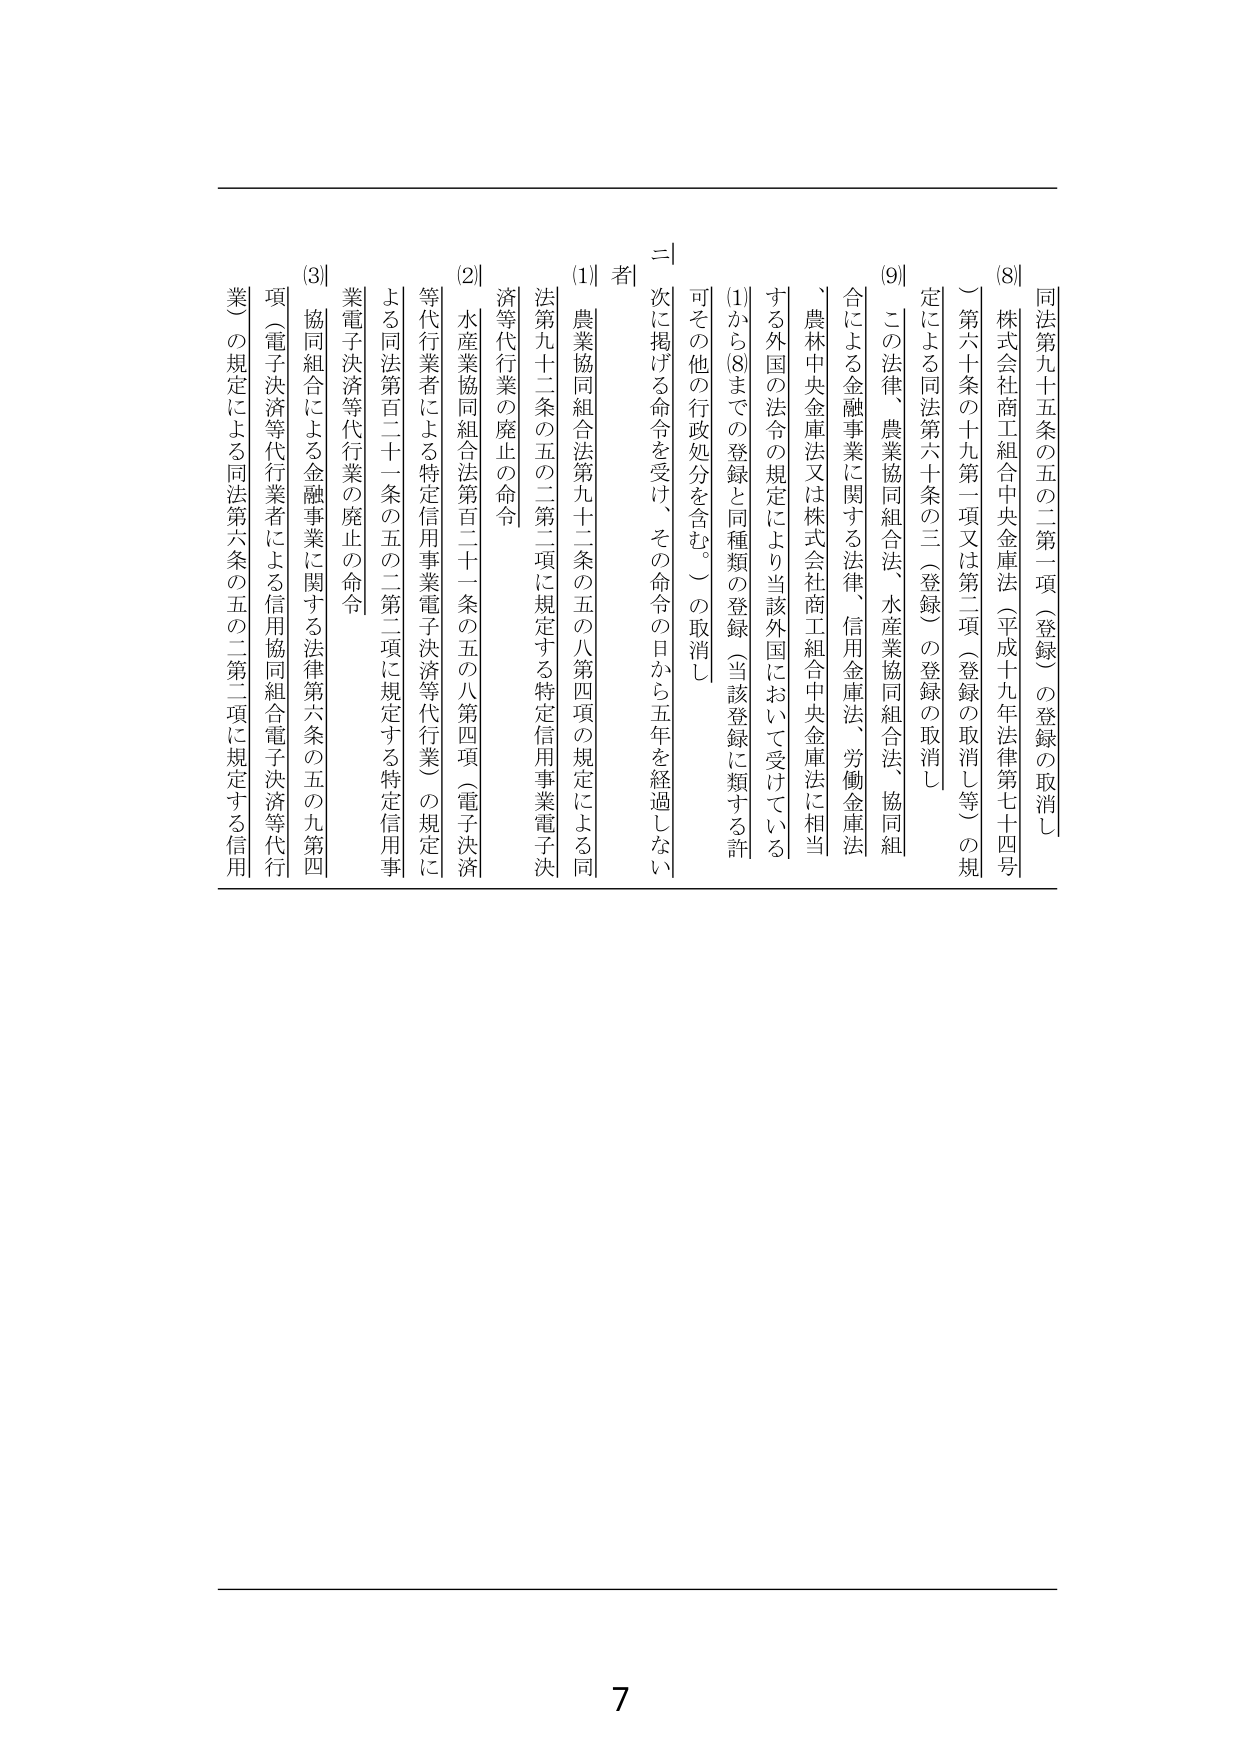
同法第九十五条の五の二第一項（登録）の登録の取消し
(8) 株式会社商工組合中央金庫法（平成十九年法律第七十四号）
　第六十条の十九第一項又は第二項（登録の取消し等）の規定による同法第六十条の三（登録）の登録の取消し
(9) この法律、農業協同組合法、水産業協同組合法、協同組合による金融事業に関する法律、信用金庫法、労働金庫法、農林中央金庫法又は株式会社商工組合中央金庫法に相当する外国の法令の規定により当該外国において受けている
　(1)から(8)までの登録と同種類の登録（当該登録に類する許可その他の行政処分を含む。）の取消し
ニ 次に掲げる命令を受け、その命令の日から五年を経過しない者
(1) 農業協同組合法第九十二条の五の八第四項の規定による同法第九十二条の五の二第二項に規定する特定信用事業電子決済等代行業の廃止の命令
(2) 水産業協同組合法第百二十一条の五の八第四項（電子決済等代行業者による特定信用事業電子決済等代行業）の規定による同法第百二十一条の五の二第二項に規定する特定信用事業電子決済等代行業の廃止の命令
(3) 協同組合による金融事業に関する法律第六条の五の九第四項（電子決済等代行業者による信用協同組合電子決済等代行業）の規定による同法第六条の五の二第二項に規定する信用
7